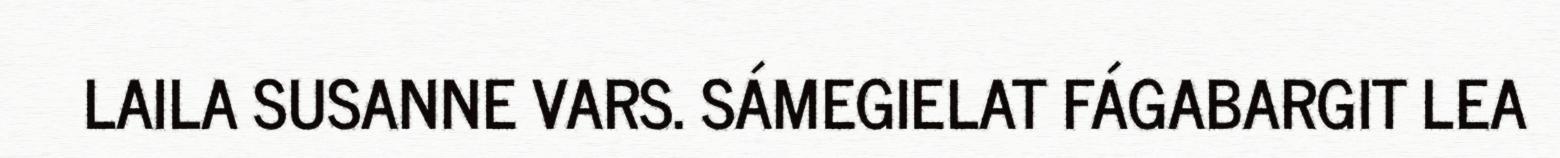
LAILA SUSANNE VARS. SÁMEGIELAT FÁGABARGIT LEA